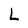
Character: L